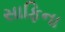
સાફિના